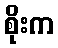
စိုးက